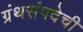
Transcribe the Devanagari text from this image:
ग्रंथसंपदेची